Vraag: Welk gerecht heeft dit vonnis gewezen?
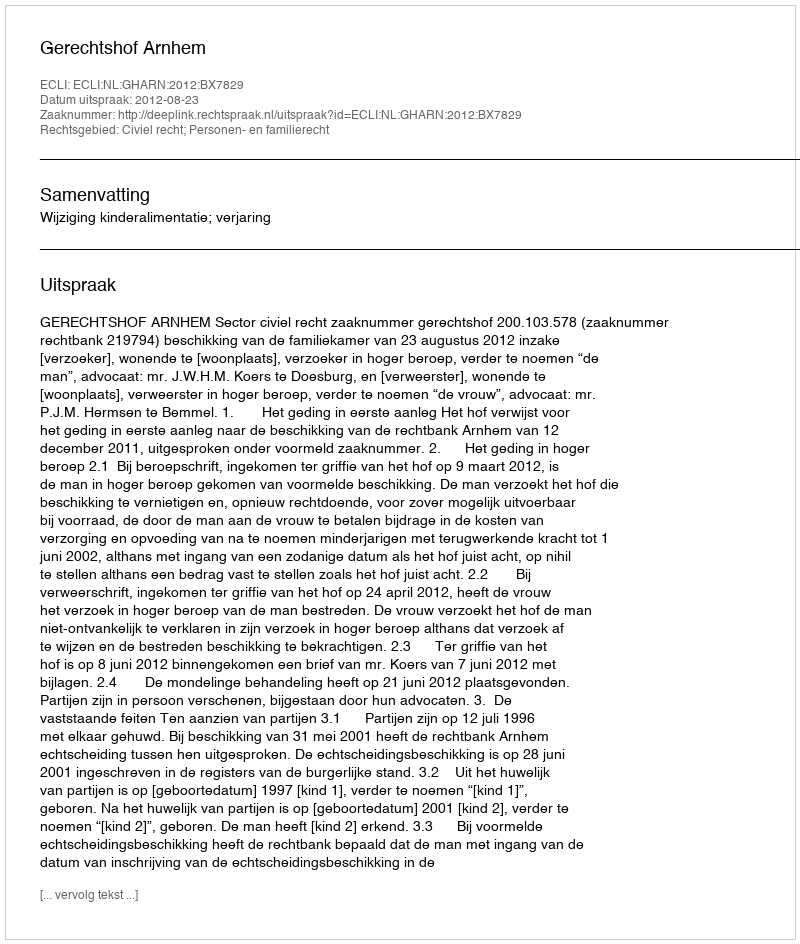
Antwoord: Gerechtshof Arnhem